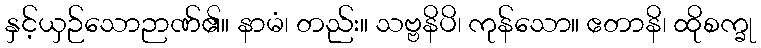
နှင့်ယှဉ်သောဉာဏ်၏။ နာမံ၊ တည်း။ သဗ္ဗနိပိ၊ ကုန်သော။ ဧတာနိ၊ ထိုစက္ခု